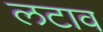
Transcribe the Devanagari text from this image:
लटाव